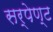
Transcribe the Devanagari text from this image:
सर्पेण्ट